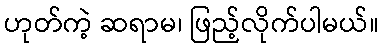
ဟုတ်ကဲ့ ဆရာမ၊ ဖြည့်လိုက်ပါမယ်။